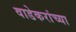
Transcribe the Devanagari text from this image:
वाडेकरांच्या